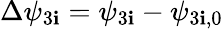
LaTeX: \Delta\psi_{3\mathbf{i}}=\psi_{3\mathbf{i}}-\psi_{3\mathbf{i},0}